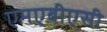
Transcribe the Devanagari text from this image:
एमएबीएसी